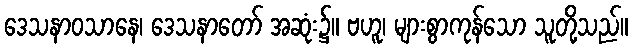
ဒေသနာဝသာနေ၊ ဒေသနာတော် အဆုံး၌။ ဗဟူ၊ များစွာကုန်သော သူတို့သည်။